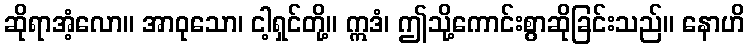
ဆိုရာအံ့လော။ အာဝုသော၊ ငါ့ရှင်တို့။ ဣဒံ၊ ဤသို့ကောင်းစွာဆိုခြင်းသည်။ နောဟိ